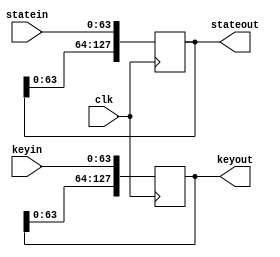
module bufferin(
  input         clk,
  input [63:0]  statein,
  input [63:0]  keyin,
  output reg [127:0] stateout,
  output reg [127:0] keyout
  );

  always @(posedge clk)
  begin
    stateout <= {stateout[63:0], statein};
    keyout <= {keyout[63:0], keyin};
  end
endmodule